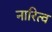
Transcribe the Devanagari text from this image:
नारित्व